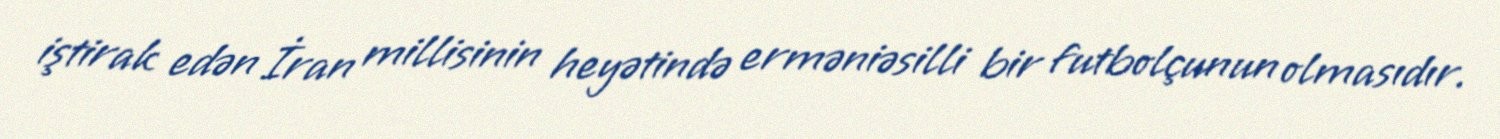
iştirak edən İran millisinin heyətində erməniəsilli bir futbolçunun olmasıdır.